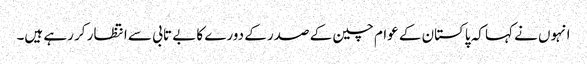
انہوں نے کہا کہ پاکستان کے عوام چین کے صدر کے دورے کا بے تابی سے انتظار کر رہے ہیں۔